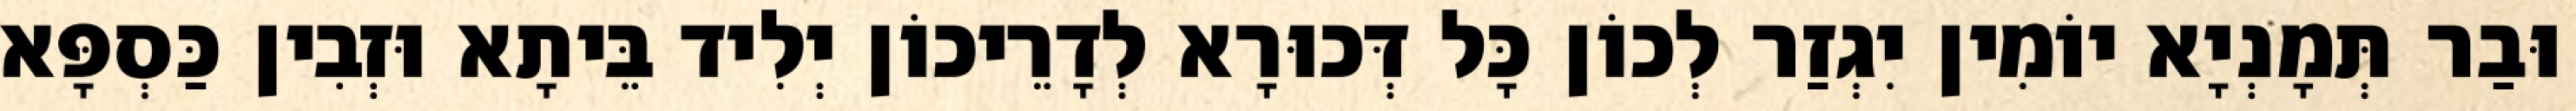
וּבַר תְּמָנְיָא יוֹמִין יִגְזַר לְכוֹן כָּל דְּכוּרָא לְדָרֵיכוֹן יְלִיד בֵּיתָא וּזְבִין כַּסְפָּא